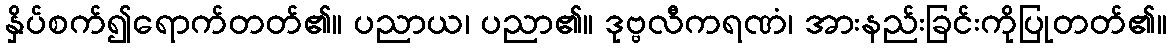
နှိပ်စက်၍ရောက်တတ်၏။ ပညာယ၊ ပညာ၏။ ဒုဗ္ဗလီကရဏံ၊ အားနည်းခြင်းကိုပြုတတ်၏။